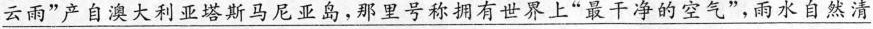
\underline{云雨”产自澳大利亚塔斯马尼亚岛，那里号称拥有世界上“最干净的空气”，雨水自然清}